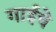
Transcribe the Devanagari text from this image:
गाईंचे